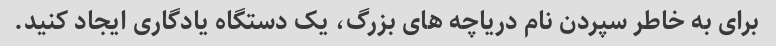
برای به خاطر سپردن نام دریاچه های بزرگ، یک دستگاه یادگاری ایجاد کنید.